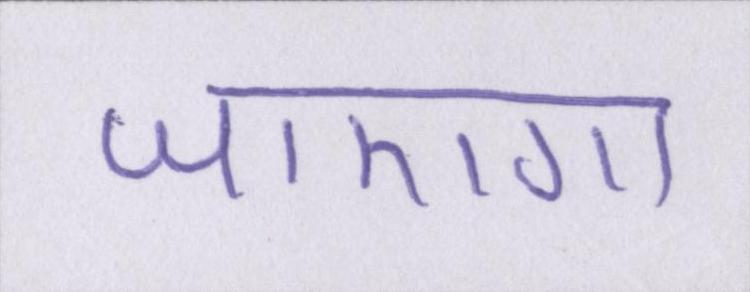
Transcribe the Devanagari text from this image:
जाएगा